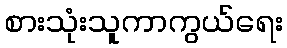
စားသုံးသူကာကွယ်ရေး